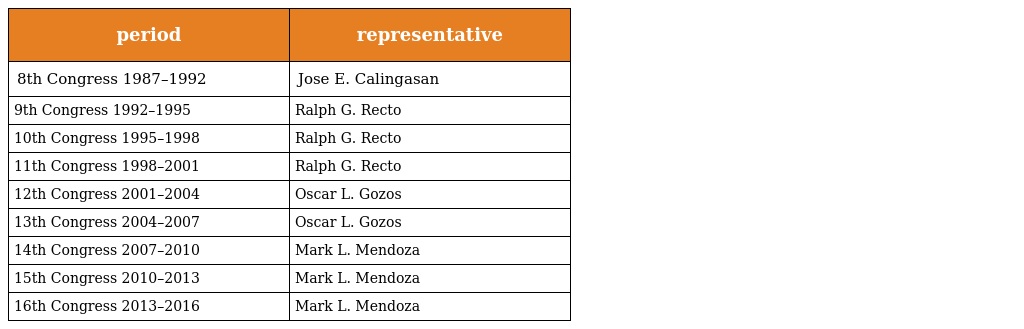
| period | representative |
 | --- | --- |
 | 8th Congress 1987–1992 | Jose E. Calingasan |
 | 9th Congress 1992–1995 | Ralph G. Recto |
 | 10th Congress 1995–1998 | Ralph G. Recto |
 | 11th Congress 1998–2001 | Ralph G. Recto |
 | 12th Congress 2001–2004 | Oscar L. Gozos |
 | 13th Congress 2004–2007 | Oscar L. Gozos |
 | 14th Congress 2007–2010 | Mark L. Mendoza |
 | 15th Congress 2010–2013 | Mark L. Mendoza |
 | 16th Congress 2013–2016 | Mark L. Mendoza |